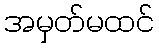
အမှတ်မထင်